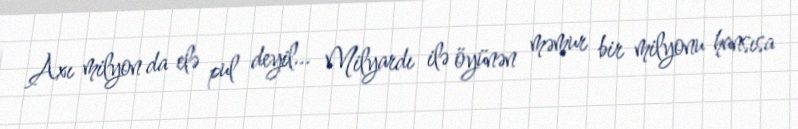
Axı milyon da elə pul deyil... Milyardı ilə öyünən məmur bir milyonu hansısa